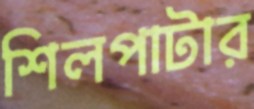
শিলপাটার